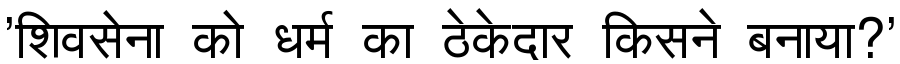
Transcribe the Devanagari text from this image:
'शिवसेना को धर्म का ठेकेदार किसने बनाया?'